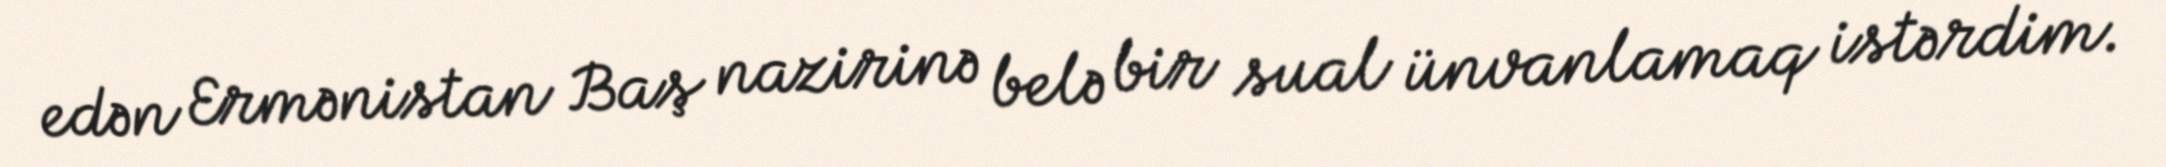
edən Ermənistan Baş nazirinə belə bir sual ünvanlamaq istərdim.